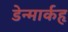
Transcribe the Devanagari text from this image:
डेन्मार्कहृ